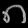
Digit: ၈